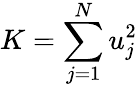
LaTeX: K=\sum_{j=1}^{N}u_{j}^{2}